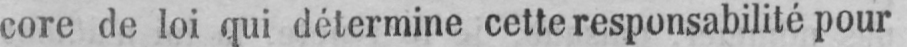
core de loi qui détermine cette responsabilité pour